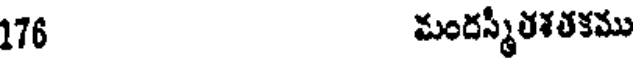
176 మందస్మీతశతకము